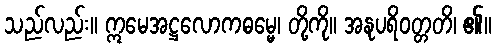
သည်လည်း။ ဣမေအဋ္ဌလောကဓမ္မေ၊ တို့ကို။ အနုပရိဝတ္တတိ၊ ၏။